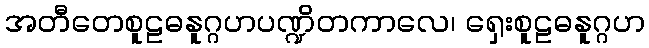
အတီတေစူဠဓနူဂ္ဂဟပဏ္ဍိတကာလေ၊ ရှေးစူဠဓနူဂ္ဂဟ